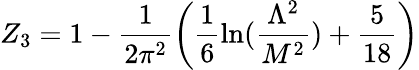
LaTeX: Z_{3}=1-\frac{1}{2\pi^{2}}\left(\frac{1}{6}\ln(\frac{\Lambda^{2}}{M^{2}})+\frac{5}{18}\right)